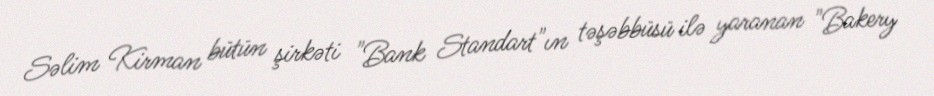
Səlim Kirman bütün şirkəti "Bank Standart"ın təşəbbüsü ilə yaranan "Bakery